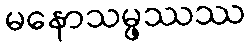
မနောသမ္ဖဿဿ